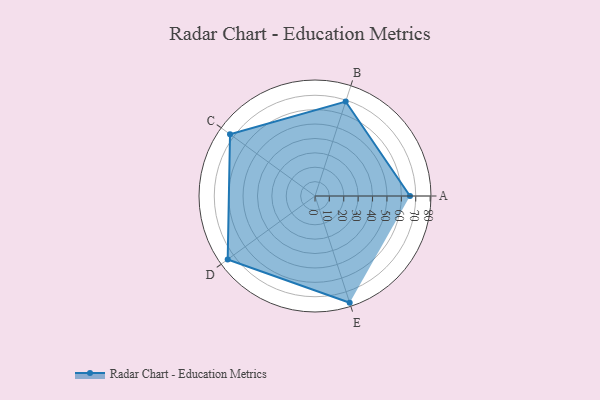
{"axis": {"x": "Skill", "y": "Score"}, "legend": ["Profile"], "data": [{"x": "A", "y": 66.0, "type": "Profile"}, {"x": "B", "y": 69.0, "type": "Profile"}, {"x": "C", "y": 73.0, "type": "Profile"}, {"x": "D", "y": 75.0, "type": "Profile"}, {"x": "E", "y": 78.0, "type": "Profile"}]}